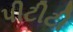
પીટીટી